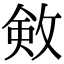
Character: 㪘